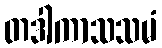
တဒါကာသသမံ